Lunatic asylums Central Provinces reports 1874-1885 - 1874-1885
Year: 1874
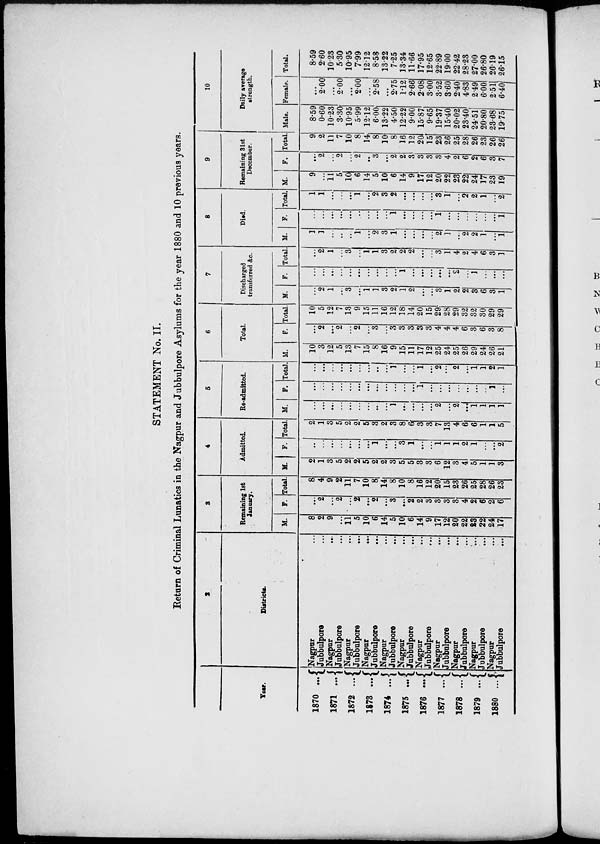
STATEMENT No. II.
Return of Criminal Lunatics in the Nagpur and Jubbulpore Asylums for the year 1880 and 10 previous years.
Year.
1870 ...
1871 ...
1872
...
1873 ...
1874 ...
1875 ...
1876
...
1877 ...
1878 ...
1879 ...
1880 ...
2
Districts.
Nagpur ...
Jubbulpore ...
Nagpur ...
Jubbulpore ...
Nagpur ...
Jubbulpore
...
Nagpur
...
Jubbulpore ...
Nagpur ...
Jubbulpore ...
Nagpur ...
Jubbulpore ...
Nagpur ...
Jubbulpore ...
Nagpur ...
Jubbulpore ...
Nagpur ...
Jubbulpore ...
Nagpur ...
Jubbulpore ...
Nagpur ...
Jubbulpore ...
3
Remaining 1st
January.
M.
8
2
9
...
11
5
10
6
14
5
10
6
14
9
17
12
20
22
23
22
24
17
F.
...
2
...
2
...
2
...
2
...
3
...
2
2
3
3
3
3
4
2
6
2
6
Total.
8
4
9
2
11
7
10
8
14
8
10
8
16
12
20
15
23
26
25
28
26
23
4
Admitted.
M.
2
1
3
5
2
2
5
2
2
3
5
5
3
3
6
12
3
4
5
1
1
3
F.
...
...
...
...
...
...
...
1
...
...
3
1
...
...
1
1
1
2
1
...
...
2
Total.
2
1
3
5
2
2
5
3
2
3
8
6
3
3
7
13
4
6
6
1
1
5
5
Re-admitted.
M.
...
...
...
...
...
...
...
...
...
1
...
...
...
...
2
...
2
...
1
1
1
1
F.
...
...
...
...
...
...
...
...
...
...
...
...
1
...
...
...
...
...
...
...
1
...
Total.
...
...
...
...
...
...
...
...
...
1
...
...
1
...
2
...
2
...
1
1
2
1
6
Total.
M.
10
3
12
5
13
7
15
8
16
9
15
11
17
12
25
24
25
26
29
24
26
21
F.
...
2
...
2
...
2
...
3
...
3
3
3
3
3
4
4
4
6
3
6
3
8
Total.
10
5
12
7
13
9
15
11
16
12
18
14
20
15
29
28
29
32
32
30
29
29
7
Discharged
transferred &c.
M.
...
2
1
...
3
...
1
1
3
2
1
2
...
...
3
1
2
2
3
6
3
1
F.
...
...
...
...
...
...
...
...
...
...
1
...
...
...
...
...
2
...
1
...
...
...
Total.
...
2
1
...
3
...
1
1
3
2
2
2
...
...
3
1
4
2
4
6
3
1
8
Died.
M.
1
1
...
...
...
1
...
2
3
1
...
...
...
...
2
1
...
2
2
1
...
1
F.
...
...
...
...
...
...
...
...
...
1
...
...
...
...
1
...
...
...
...
...
...
1
Total.
1
1
...
...
...
1
...
2
3
2
...
...
...
...
3
1
...
2
2
1
...
2
9
Remaining 31st
December.
M.
9
...
11
5
10
6
14
5
10
6
14
9
17
12
20
22
23
22
24
17
23
19
F.
...
2
...
2
...
2
...
3
...
2
2
3
3
3
3
4
2
6
2
6
3
7
Total.
9
2
11
7
10
8
14
8
10
8
16
12
20
15
23
26
25
28
26
23
26
26
10
Daily arerage
strength.
Male.
8.59
0.60
10.23
3.30
10.95
5.99
12.12
6.00
13.22
4.50
12.22
9.00
15.87
9.65
19.37
15.40
20.02
23.40
24.51
20.80
23.68
19.75
Female.
...
2.00
...
2.00
...
2.00
...
2.58
...
2.75
1.12
2.66
2.08
3.00
3.52
3.60
2.40
4.83
2.49
6.00
2.51
6.40
Total.
8.59
2.60
10.23
5.30
10.95
7.99
12.12
8.58
13.22
7.25
13.34
11.66
17.95
12.65
22.89
19.00
22.42
28.23
27.00
26.80
26.19
26.15